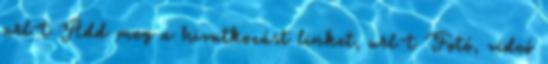
url-t Add meg a hivatkozást linket, url-t Fotó, videó